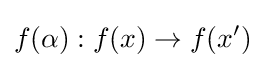
f(\alpha ):f(x)\to f(x')